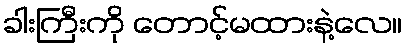
ခါးကြီးကို တောင့်မထားနဲ့လေ။